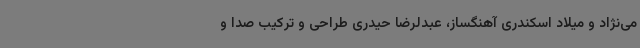
می‌نژاد و میلاد اسکندری آهنگساز، عبدلرضا حیدری طراحی و ترکیب صدا و